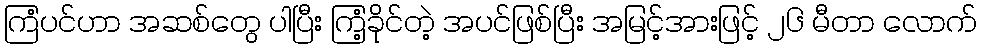
ကြံပင်ဟာ အဆစ်တွေ ပါပြီး ကြံ့ခိုင်တဲ့ အပင်ဖြစ်ပြီး အမြင့်အားဖြင့် ၂၆ မီတာ လောက်